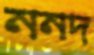
ননদ